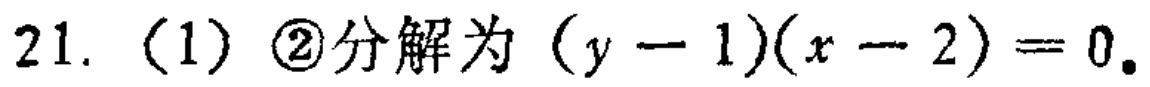
21. (1) \textcircled{2}分解为\((y - 1)(x - 2)=0\)。